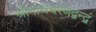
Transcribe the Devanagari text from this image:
श्रीनाथचरणद्वन्द्वं